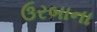
ઉરબાના